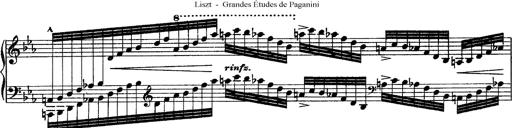
Title: Grandes Ã©tudes de Paganini
Composer: Franz Liszt